Annual report of the Punjab Veterinary College and of the Civil Veterinary Department, Punjab - 1926-1932
Year: 1926
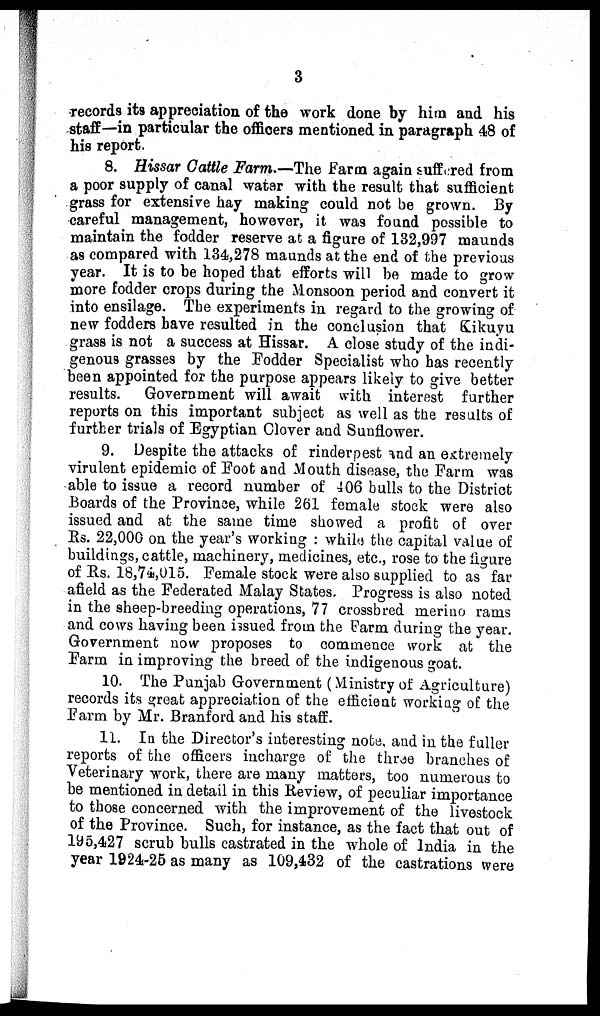
3
records its appreciation of the work done by him and his
staff—in particular the officers mentioned in paragraph 48 of
his report.
8. Hissar Cattle Farm.—The Farm again suffered from
a poor supply of canal watar with the result that sufficient
grass for extensive hay making could not be grown. By
careful management, however, it was found possible to
maintain the fodder reserve at a figure of 132,997 maunds
as compared with 134,278 maunds at the end of the previous
year. It is to be hoped that efforts will be made to grow
more fodder crops during the Monsoon period and convert it
into ensilage. The experiments in regard to the growing of
new fodders have resulted in the conclusion that Kikuyu
grass is not a success at Hissar. A close study of the indi-
genous grasses by the Fodder Specialist who has recently
been appointed for the purpose appears likely to give better
results. Government will await with interest further
reports on this important subject as well as the results of
further trials of Egyptian Clover and Sunflower.
9. Despite the attacks of rinderpest and an extremely
virulent epidemic of Foot and Mouth disease, the Farm was
able to issue a record number of 406 bulls to the District
Boards of the Province, while 261 female stock were also
issued and at the same time showed a profit of over
Rs. 22,000 on the year's working: while the capital value of
buildings, cattle, machinery, medicines, etc., rose to the figure
of Rs. 18,74,015. Female stock were also supplied to as far
afield as the Federated Malay States. Progress is also noted
in the sheep-breeding operations, 77 crossbred merino rams
and cows having been issued from the Farm during the year.
Government now proposes to commence work at the
Farm in improving the breed of the indigenous goat.
10. The Punjab Government (Ministry of Agriculture)
records its great appreciation of the efficient working of the
Farm by Mr. Branford and his staff.
11. In the Director's interesting note, and in the fuller
reports of the officers incharge of the three branches of
Veterinary work, there are many matters, too numerous to
be mentioned in detail in this Review, of peculiar importance
to those concerned with the improvement of the livestock
of the Province. Such, for instance, as the fact that out of
195,427 scrub bulls castrated in the whole of India in the
year 1924-25 as many as 109,432 of the castrations were